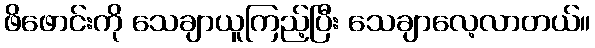
ဖိဖောင်းကို သေချာယူကြည့်ပြီး သေချာလေ့လာတယ်။